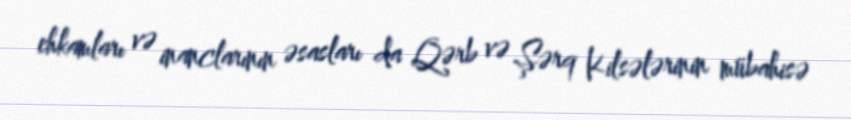
ehkamları və inanclarının əsasları da Qərb və Şərq Kilsələrinin mübahisə